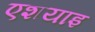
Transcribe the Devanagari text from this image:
एशयाइ